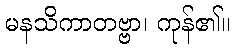
မနသိကာတဗ္ဗာ၊ ကုန်၏။